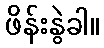
ဖိန်းနွဲခါ။